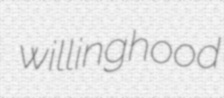
willinghood